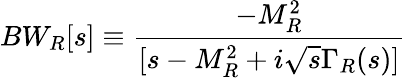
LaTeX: BW_{R}[s]\equiv{\frac{-M_{R}^{2}}{[s-M_{R}^{2}+i\sqrt s\Gamma_{R}(s)]}}